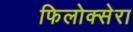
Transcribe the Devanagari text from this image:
फिलोक्सेरा